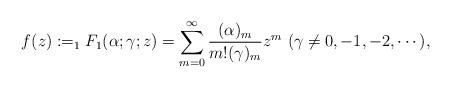
LaTeX: \begin{align*}f(z):=_{1}F_{1}(\alpha;\gamma;z)=\sum_{m=0}^{\infty}\frac{(\alpha)_{m}}{m!(\gamma)_{m}}z^{m}\ (\gamma\neq 0,-1,-2,\cdots),\end{align*}